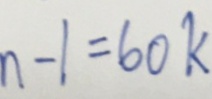
n - 1 = 6 0 k